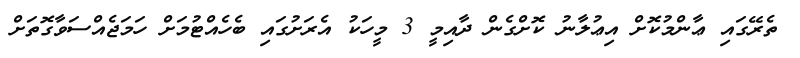
ތެރޭގައި ޢާންމުކޮށް އިޢުލާނު ކޮށްގެން ދާއިމީ 3 މީހަކު އެރަށުގައި ބެހެއްޓުމަށް ހަމަޖެއްސަވާގޮތަށް